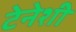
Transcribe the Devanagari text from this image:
टेनेशी